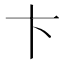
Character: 卞